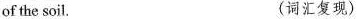
of the soil. (词汇复现)